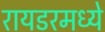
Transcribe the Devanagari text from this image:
रायडरमध्ये